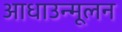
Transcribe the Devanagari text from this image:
आधाउन्मूलन